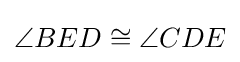
\angle BED\cong \angle CDE